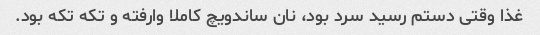
غذا وقتی دستم رسید سرد بود، نان ساندویچ کاملا وارفته و تکه تکه بود.